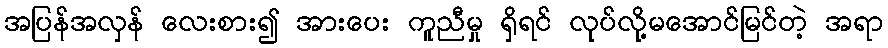
အပြန်အလှန် လေးစား၍ အားပေး ကူညီမှု ရှိရင် လုပ်လို့မအောင်မြင်တဲ့ အရာ